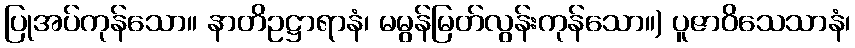
ပြုအပ်ကုန်သော။ နာတိဥဋ္ဌာရာနံ၊ မမွန်မြတ်လွန်းကုန်သော။) ပူဇာဝိသေသာနံ၊